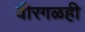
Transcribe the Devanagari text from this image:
वीरगळही